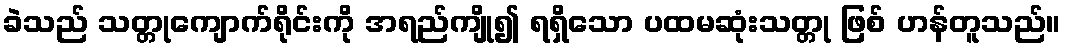
ခဲသည် သတ္တုကျောက်ရိုင်းကို အရည်ကျို၍ ရရှိသော ပထမဆုံးသတ္တု ဖြစ် ဟန်တူသည်။